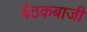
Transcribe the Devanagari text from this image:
बैठकबाजी